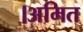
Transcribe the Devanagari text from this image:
।अमित